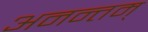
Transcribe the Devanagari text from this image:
अनन्तम्